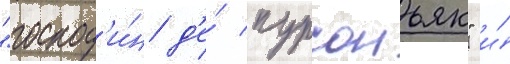
"господ'и́н д'е́ пурсоньяк" и́